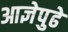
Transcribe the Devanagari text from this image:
आज्ञेपुढे